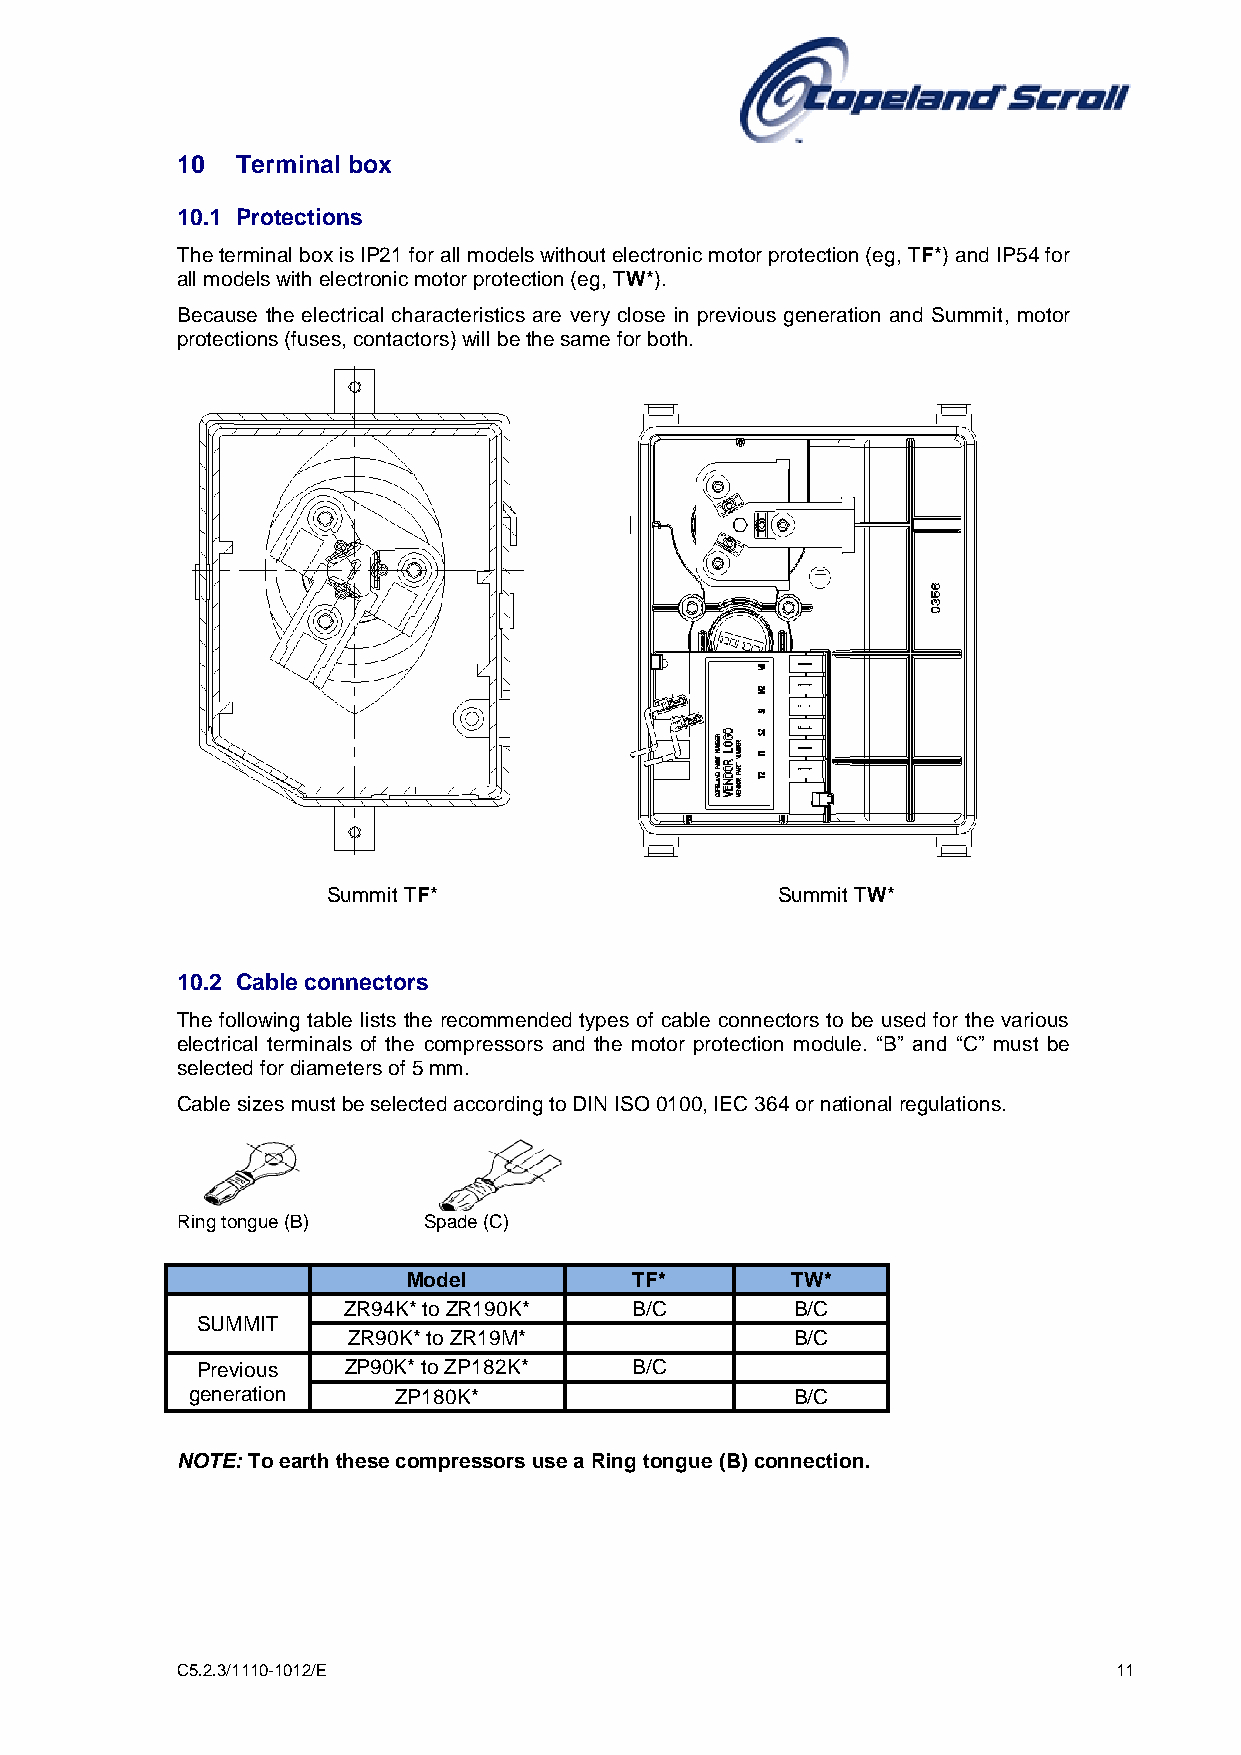
10  Terminal box
 10.1 Protections
 The terminal box is IP21 for all models without electronic motor protection (eg, TF*) and IP54 for
 all models with electronic motor protection (eg, TW*).
 Because the electrical characteristics are very close in previous generation and Summit, motor
 protections (fuses, contactors) will be the same for both.
 Summit TF*                   Summit TW*
 10.2 Cable connectors
 The following table lists the recommended types of cable connectors to be used for the various
 electrical terminals of the compressors and the motor protection module. “B” and “C” must be
 selected for diameters of 5 mm.
 Cable sizes must be selected according to DIN ISO 0100, IEC 364 or national regulations.
 Ring tongue (B) Spade (C)
 Model          TF*       TW*
 ZR94K* to ZR190K*  B/C        B/C
 SUMMIT
 ZR90K* to ZR19M*              B/C
 Previous  ZP90K* to ZP182K*  B/C
 generation    ZP180K*                    B/C
 NOTE: To earth these compressors use a Ring tongue (B) connection.
 C5.2.3/1110-1012/E                                            11